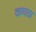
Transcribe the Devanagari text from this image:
कचडा